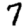
Digit: 7